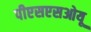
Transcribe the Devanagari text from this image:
पीएसएसओयू